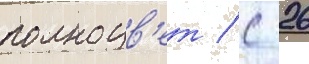
полноцв'ет / с 26